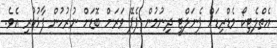
އެތްލެޓިކޯ މެޑްރިޑަށް ޕެނަލްޓީ ދިނުމުން ޕެޕޭ ވަރަށް ބޮޑަށް ނުރުހުން ފާޅުކުރި އެވެ.